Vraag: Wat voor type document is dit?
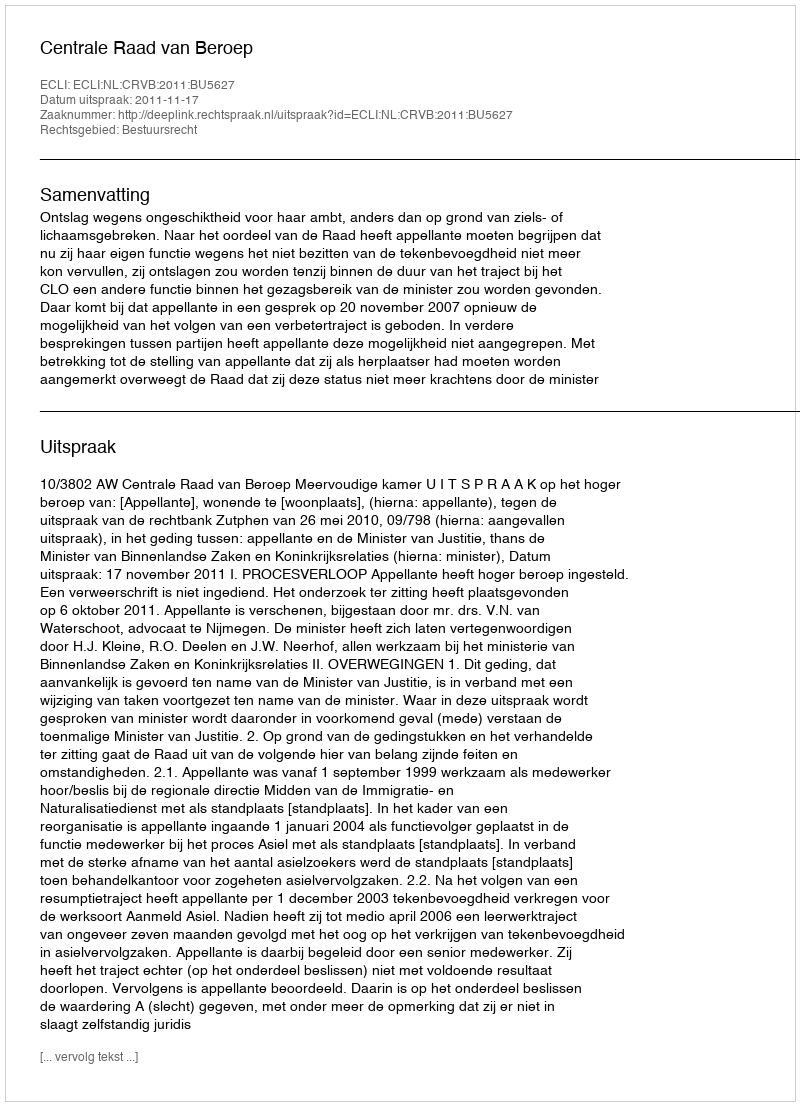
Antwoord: Uitspraak